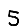
Digit: 5